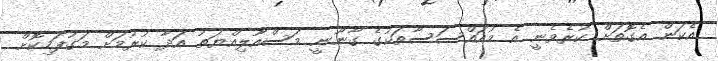
އެކަން އެގޮތަށް ކުރެވެނީ އެ މުއައްސަސާތަކުގެ ގާނޫނީ މަސްއޫލިއްޔަތު އަދާ ކުރުމަށް މަގުފަހިކޮށް